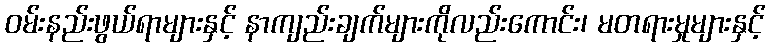
ဝမ်းနည်းဖွယ်ရာများနှင့် နာကျည်းချက်များကိုလည်းကောင်း၊ မတရားမှုများနှင့်